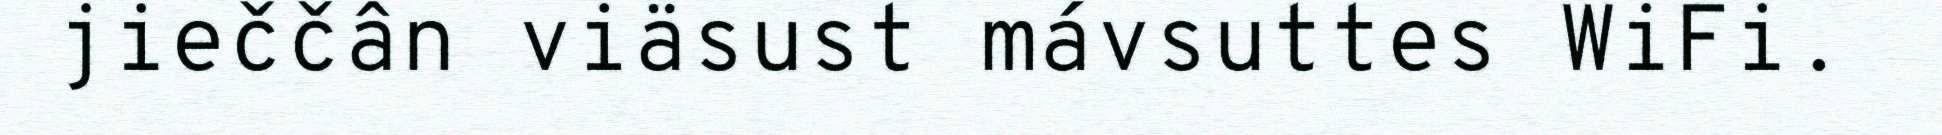
jieččân viäsust mávsuttes WiFi.